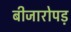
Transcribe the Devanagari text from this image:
बीजारोपड़